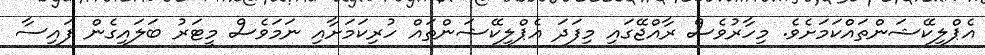
އެޕްލިކޭޝަންތައްކަމަށެވެ. މިހާރުވެސް ރާއްޖޭގައި މިފަދަ އެޕްލިކޭޝަންތައް ހުރިކަމަށާއި ނަމަވެސް މީޓަރު ބަލައިގެން ފައިސާ